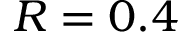
R = 0 . 4